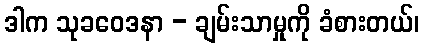
ဒါက သုခဝေဒနာ - ချမ်းသာမှုကို ခံစားတယ်၊